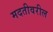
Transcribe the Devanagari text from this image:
मदतीवरील